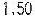
1.50